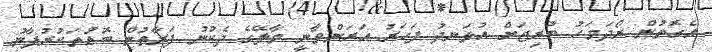
އެގޮތުން ރޯދަމަހު ބުރިޖަށް އުޅަނދު ފަހަރު އަރަންވާނީ މާލޭގެ ދެކުނު ފަރާތުން ބޮޑުތަކުރުފާނު